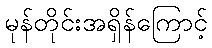
မုန်တိုင်းအရှိန်ကြောင့်